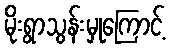
မိုးရွာသွန်းမှုကြောင့်